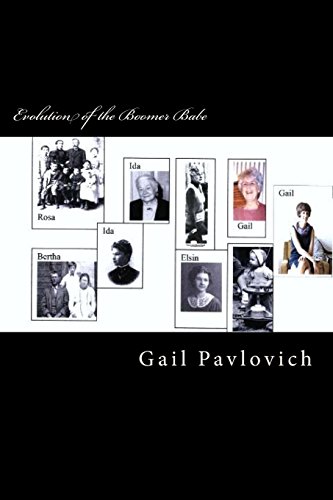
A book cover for Evolution of the Boomer Babe; Gail Pavlovich; Parenting & Relationships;